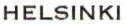
HELSINKI